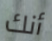
أنك